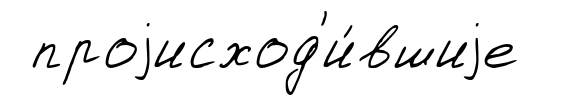
проjисход'и́вшиjе